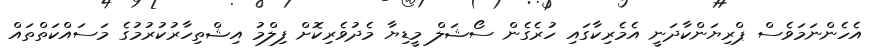
އެހެންނަމަވެސް ޕްރިޔަންކާދަނީ އެމެރިކާގައި ހުރެގެން ސޯޝަލް މީޑިޔާ މެދުވެރިކޮށް ފިލްމު އިޝްތިހާރުކުރުމުގެ މަސައްކަތްތައް